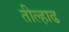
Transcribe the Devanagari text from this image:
तील्हाढ